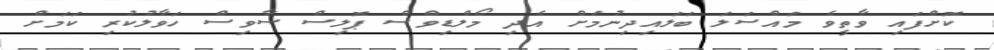
ކޮށްފައި ވާތީވެ މައްސަލަ ބަލައިދިނުމަށް އެދި މޯލްޑިވްސް ޕޮލިސް ސާވިސް ހަވާލުކުރި ކަމަށް